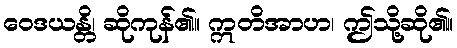
ဝေဒယန္တိ၊ ဆိုကုန်၏။ ဣတိအာဟ၊ ဤသို့ဆို၏။